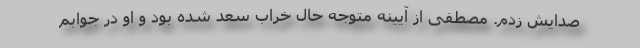
صدایش زدم. مصطفی از آیینه متوجه حال خراب سعد شده بود و او در جوابم